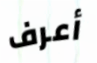
أعرف